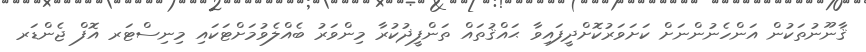
ޤާނޫނުތަކުން އަންހެނުންނަށް ކަށަވަރުކޮށްދީފައިވާ ޙައްޤުތައް ތަންފީޛުކުރާ މިންވަރު ބެއްލެވުމަށްޓަކައި މިނިސްޓަރ އޮފް ޖެންޑަރ